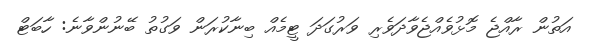
އަތުން ރާއްޖެ މޮޅުވެއްޖެވާދަވެރި ވަރުގަދަ ޓީމެއް ބިނާކުރަން ވަގުތު ބޭނުންވާނެ: ހާބަޓް